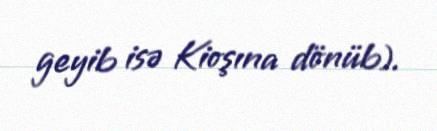
geyib isə Kioşına dönüb).